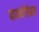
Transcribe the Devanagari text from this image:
पायथॅगोरस